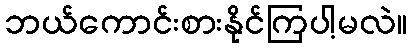
ဘယ်ကောင်းစားနိုင်ကြပါ့မလဲ။